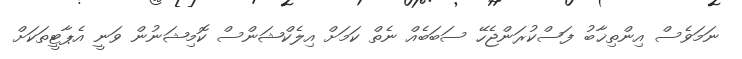
ނަަމަވެސް އިންތިޚާބު ފަސްކުރަންޖެހޭ ސަބަބެއް ނެތް ކަމަށް އިލެކްޝަންސް ކޮމިޝަނުން ވަނީ އެޕާޓީތަކަށް